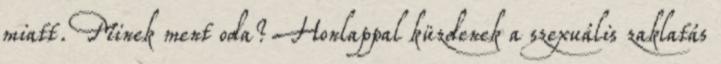
miatt. Minek ment oda? Honlappal küzdenek a szexuális zaklatás